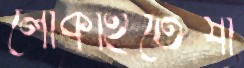
লোকহিতৈষী